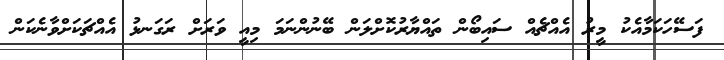
ފަސޭހަކަމާއެކު މީރު އެއްޗެއް ސައިބޯން ތައްޔާރުކޮށްލަން ބޭނުންނަމަ މިއީ ވަރަށް ރަގަނޅު އެއްޗަކަށްވާނެކަން